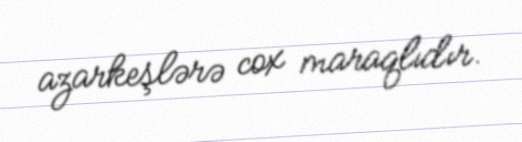
azarkeşlərə cox maraqlıdır.